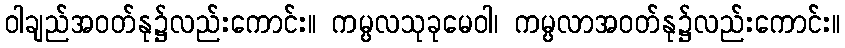
ဝါချည်အဝတ်နု၌လည်းကောင်း။ ကမ္ပလသုခုမေဝါ၊ ကမ္ပလာအဝတ်နု၌လည်းကောင်း။